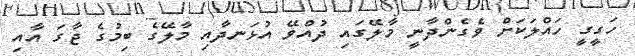
ހަގީގީ ހައްލަކަށް ވެގެންދާނީ މާލޭގައި ދުއްވޭ އުޅަނދާއި މާލޭގެ ބިމުގެ ޖާގަ އާއި